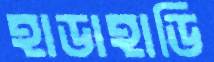
হাডাহাডি